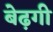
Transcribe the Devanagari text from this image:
बेढ़गी